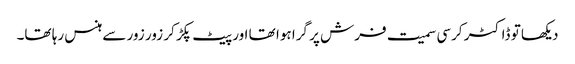
دیکھا تو ڈاکٹر کرسی سمیت فرش پر گرا ہوا تھا اور پیٹ پکڑ کر زور زور سے ہنس رہا تھا۔